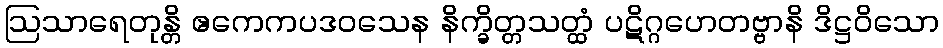
ဩသာရေတုန္တိ ဧကေကပဒဝသေန နိက္ခိတ္တသတ္ထံ ပဋိဂ္ဂဟေတဗ္ဗာနိ ဒိဋ္ဌဝိသော